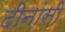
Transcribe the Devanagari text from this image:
दीनांसी